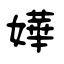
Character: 嬅